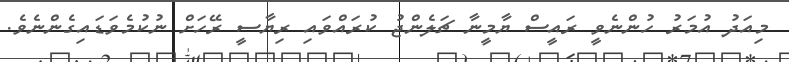
މިއަދު އުމަރު ހުންނެވީ ރައީސް ޔާމީނާ ޗަލެންޖު ކުރައްވައި ރިޔާސީ ރޭހަށް ނުކުމެވަޑައިގެންނެވެ.